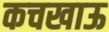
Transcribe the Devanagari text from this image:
कचखाऊ